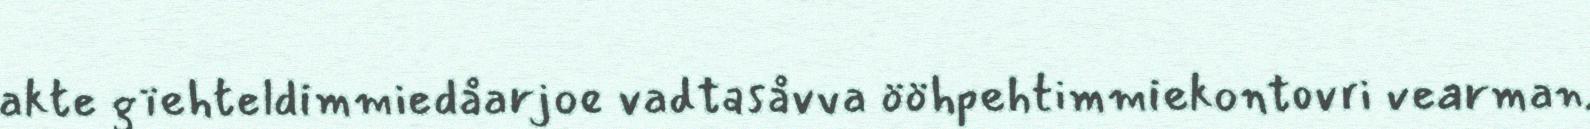
akte gïehteldimmiedåarjoe vadtasåvva ööhpehtimmiekontovri vearman.